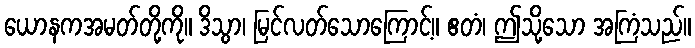
ယောနကအမတ်တို့ကို။ ဒိသွာ၊ မြင်လတ်သောကြောင့်။ ဧတံ၊ ဤသို့သော အကြံသည်။